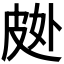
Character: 𱲂